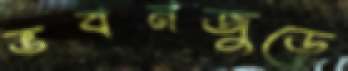
ভবনজুড়ে